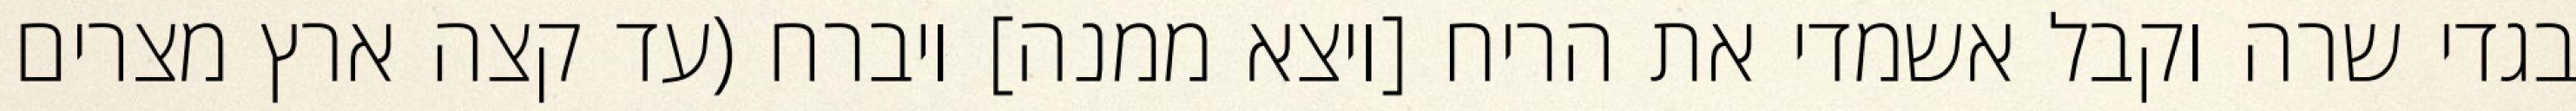
בגדי שרה וקבל אשמדי את הריח [ויצא ממנה] ויברח (עד קצה ארץ מצרים